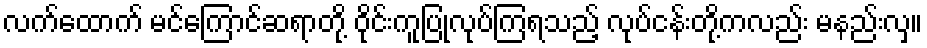
လက်ထောက် မင်ကြောင်ဆရာတို့ ဝိုင်းကူပြုလုပ်ကြရသည့် လုပ်ငန်းတို့ကလည်း မနည်းလှ။